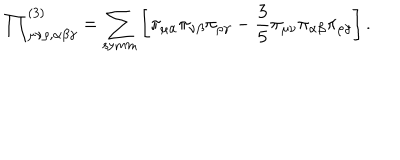
LaTeX: { \prod } _ { \mu \nu \rho , \alpha \beta \gamma } ^ { ( 3 ) } = \sum _ { \mathrm { s y m m } } \left[ \pi _ { \mu \alpha } \pi _ { \nu \beta } \pi _ { \rho \gamma } - \frac { 3 } { 5 } \pi _ { \mu \nu } \pi _ { \alpha \beta } \pi _ { \rho \gamma } \right] .